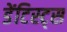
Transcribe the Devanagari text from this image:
डेंटिस्ट्स